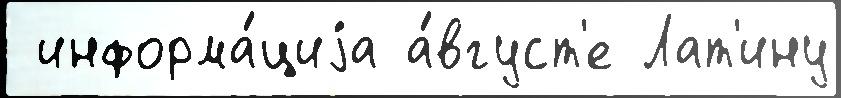
 информа́циjа а́вгуст'е Лат'ину